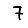
Digit: 7